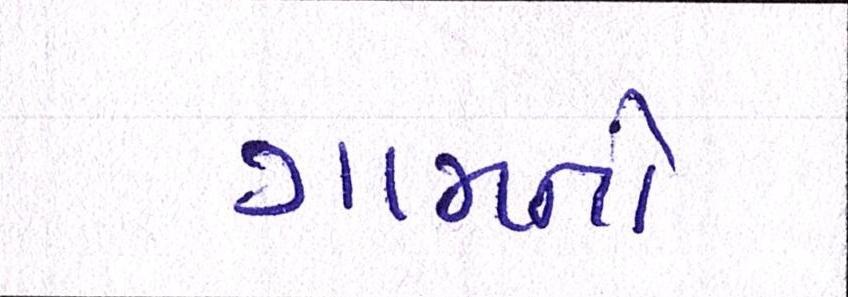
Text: ગામનો